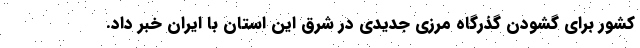
کشور برای گشودن گذرگاه مرزی جدیدی در شرق این استان با ایران خبر داد.